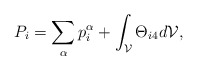
\begin{align*}P_i=\sum_{\alpha}p_i^{\alpha}+\int_{\cal V} \Theta_{i4}d{\cal V},\end{align*}